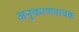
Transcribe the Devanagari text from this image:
अनुकरणवाचक